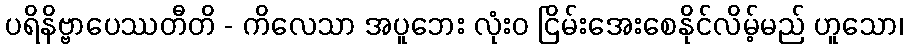
ပရိနိဗ္ဗာပေဿတီတိ - ကိလေသာ အပူဘေး လုံးဝ ငြိမ်းအေးစေနိုင်လိမ့်မည် ဟူသော၊